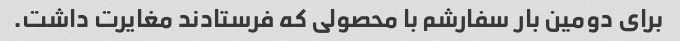
برای دومین بار سفارشم با محصولی که فرستادند مغایرت داشت.